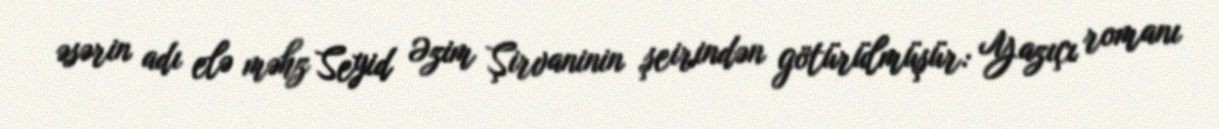
əsərin adı elə məhz Seyid Əzim Şirvaninin şeirindən götürülmüşür: Yazıçı romanı